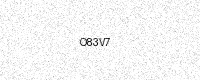
Text: O83V7